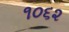
૧૦૬૨